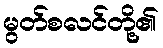
မွတ်စလင်တို့၏